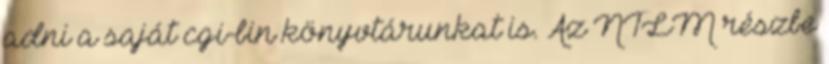
adni a saját cgi-bin könyvtárunkat is. Az NTLM részbe